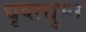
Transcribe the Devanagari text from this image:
धृष्तद्युम्न